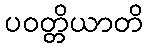
ပဝတ္တိယာတိ